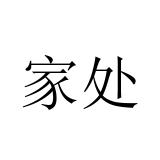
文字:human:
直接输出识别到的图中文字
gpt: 家处